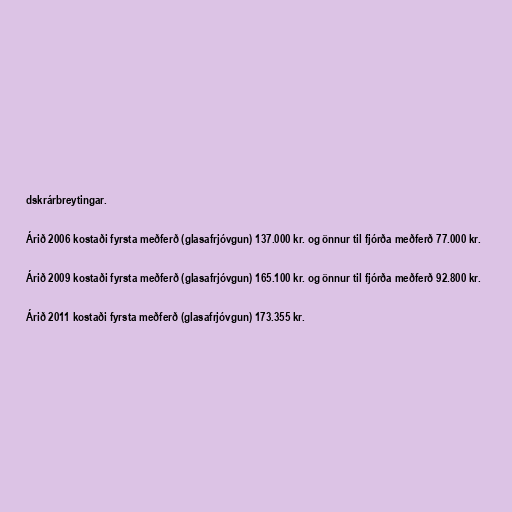
dskrárbreytingar.

Árið 2006 kostaði fyrsta meðferð (glasafrjóvgun) 137.000 kr. og önnur til fjórða meðferð 77.000 kr.

Árið 2009 kostaði fyrsta meðferð (glasafrjóvgun) 165.100 kr. og önnur til fjórða meðferð 92.800 kr.

Árið 2011 kostaði fyrsta meðferð (glasafrjóvgun) 173.355 kr.